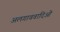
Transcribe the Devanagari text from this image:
अलगाववादिओं